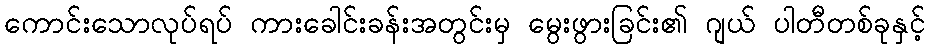
ကောင်းသောလုပ်ရပ် ကားခေါင်းခန်းအတွင်းမှ မွေးဖွားခြင်း၏ ဂျယ် ပါတီတစ်ခုနှင့်